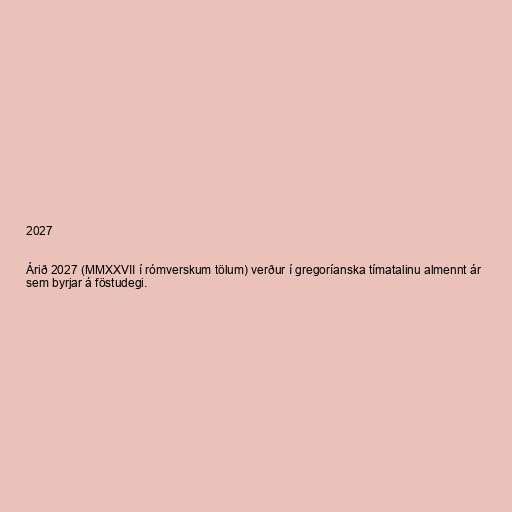
2027

Árið 2027 (MMXXVII í rómverskum tölum) verður í gregoríanska tímatalinu almennt ár
sem byrjar á föstudegi.